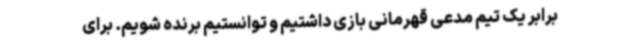
برابر یک تیم مدعی قهرمانی بازی داشتیم و توانستیم برنده شویم. برای